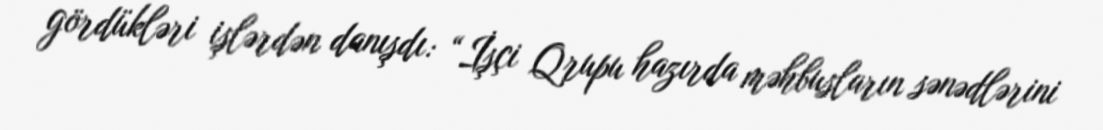
gördükləri işlərdən danışdı: “İşçi Qrupu hazırda məhbusların sənədlərini